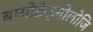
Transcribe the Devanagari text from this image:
बायोटेक्नोलोजि